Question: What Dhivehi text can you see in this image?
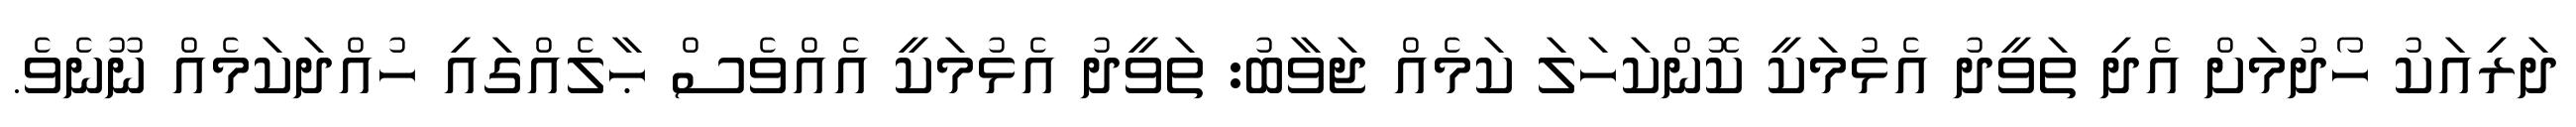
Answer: ދަރިއަކު ހޯދުމަށް އެދި ތަވީދު އެޅުމަކީ ކޮންކަހަލަ ކަމެއް ޖަވާބު: ތަވީދު އެޅުމަކީ އެއްވެސް ޙާލެއްގައި ހުއްދަކަމެއް ނޫނެވެ.